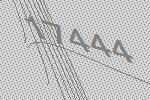
17444